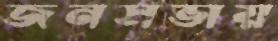
জনসভায়